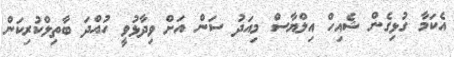
އެކަމާ ގުޅިގެން ޝެއިހް އިލްޔާސް މިއަދު ސަން އަށް ވިދާޅުވީ ހުއްދަ ބާތިލްކުރިކަން